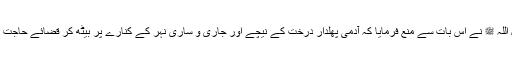
رسول اللہ ﷺ نے اس بات سے منع فرمایا کہ آدمی پھلدار درخت کے نیچے اور جاری و ساری نہر کے کنارے پر بیٹھ کر قضائے حاجت کرے۔